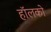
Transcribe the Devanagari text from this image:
हॉलको